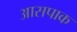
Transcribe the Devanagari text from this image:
आसपाक